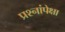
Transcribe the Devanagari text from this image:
प्रश्नांपेक्षा